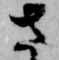
さ